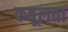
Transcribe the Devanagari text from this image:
कबूलता